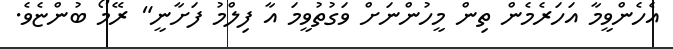
އެހެންވީމާ އަހަރެމެން ތިން މީހުންނަށް ވަގުތުވީމަ އާ ފިލްމު ފަށާނީ" ރޭމޯ ބުންޏެވެ.